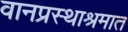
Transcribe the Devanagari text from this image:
वानप्रस्थाश्रमात